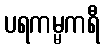
ပရကမ္မကရီ